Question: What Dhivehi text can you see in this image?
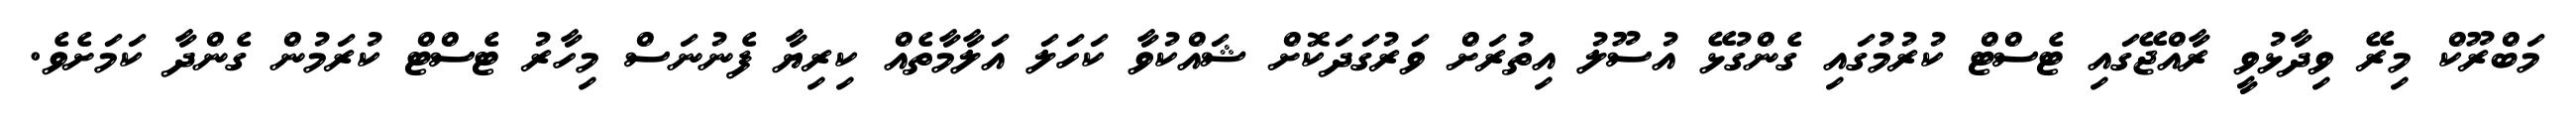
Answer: މަބްރޫކް މިރޭ ވިދާޅުވީ ރާއްޖޭގައި ޓެސްޓް ކުރުމުގައި ގެންގުޅޭ އުސޫލު އިތުރަށް ވަރުގަދަކޮށް ޝައްކުވާ ކަހަލަ އަލާމާތެއް ކިރިޔާ ފެނުނަސް މިހާރު ޓެސްޓް ކުރަމުން ގެންދާ ކަމަށެވެ.